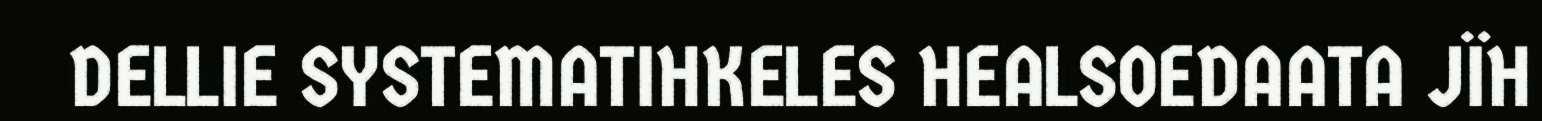
DELLIE SYSTEMATIHKELES HEALSOEDAATA JÏH